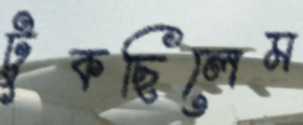
টুকছিলেম